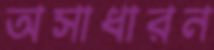
অসাধারন